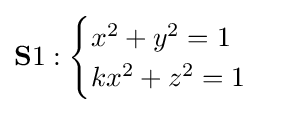
\mathbf {S} 1:{\begin{cases}x^{2}+y^{2}=1\\kx^{2}+z^{2}=1\end{cases}}